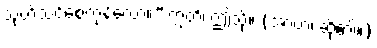
သုတ်သင်စေကုန်လော့။” ဣတိ၊ ဤသို့။ (အာဟ၊ ဆို၏။)